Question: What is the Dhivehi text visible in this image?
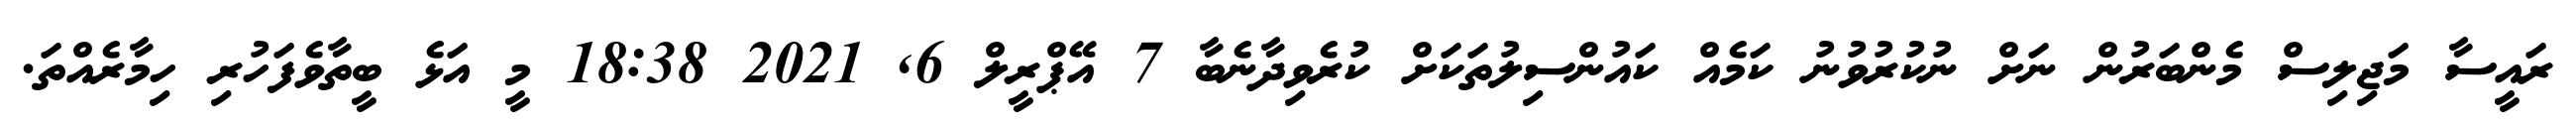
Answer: ރައީސާ މަޖިލިސް މެންބަރުން ނަށް ނުކުރުވުނު ކަމެއް ކައުންސިލުތަކަށް ކުރެވިދާނެބާ 7 އޭޕްރީލް 6, 2021 18:38 މީ އަޅެ ބީތާވެފަހުރި ހިމާރެއްތަ.